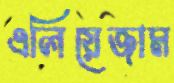
এলিয়েজাম